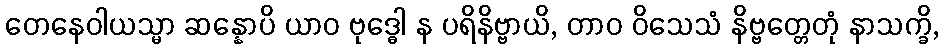
တေနေဝါယသ္မာ ဆန္နောပိ ယာဝ ဗုဒ္ဓေါ န ပရိနိဗ္ဗာယိ, တာဝ ဝိသေသံ နိဗ္ဗတ္တေတုံ နာသက္ခိ,